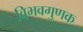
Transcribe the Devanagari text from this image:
विभवगुणक